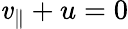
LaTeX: \mathit{v}_{\parallel}+u=0